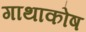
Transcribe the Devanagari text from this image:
गाथाकोष